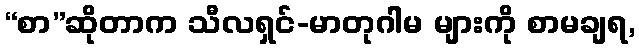
“စာ”ဆိုတာက သီလရှင်-မာတုဂါမ များကို စာမချရ,